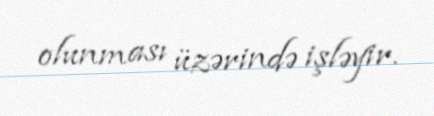
olunması üzərində işləyir.